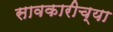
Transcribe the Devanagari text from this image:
सावकारीच्या